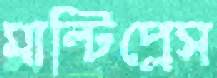
মাল্টিপ্লেস